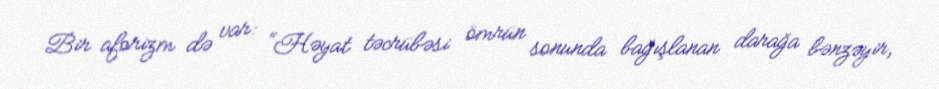
Bir aforizm də var: “Həyat təcrübəsi ömrün sonunda bağışlanan darağa bənzəyir,